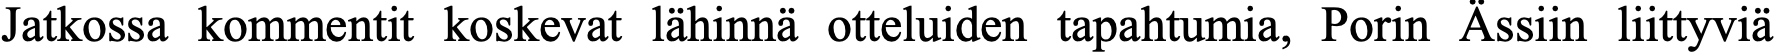
Jatkossa kommentit koskevat lähinnä otteluiden tapahtumia, Porin Ässiin liittyviä